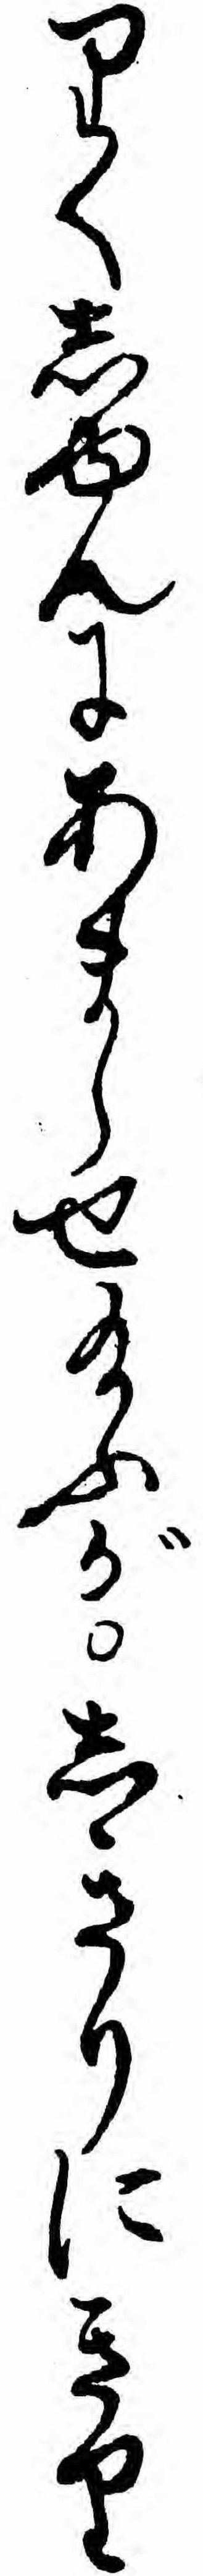
りくしゆんにあまらせ給ふがしきりにきり